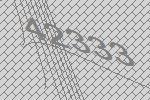
42333